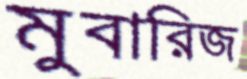
মুবারিজ